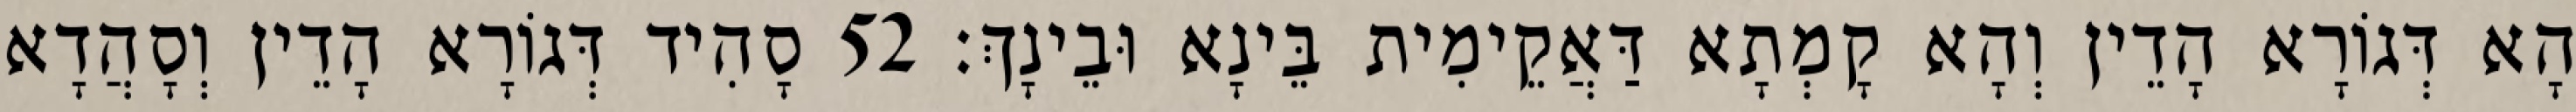
הָא דְּגוֹרָא הָדֵין וְהָא קָמְתָא דַּאֲקֵימִית בֵּינָא וּבֵינָךְ׃ 52 סָהִיד דְּגוֹרָא הָדֵין וְסָהֲדָא